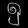
Digit: ၅